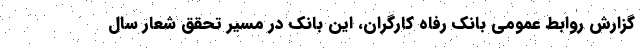
گزارش روابط عمومی بانک رفاه کارگران، این بانک در مسیر تحقق شعار سال